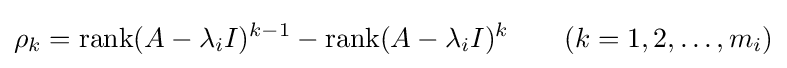
\rho _{k}=\operatorname {rank} (A-\lambda _{i}I)^{k-1}-\operatorname {rank} (A-\lambda _{i}I)^{k}\qquad (k=1,2,\ldots ,m_{i})